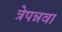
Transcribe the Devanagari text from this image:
त्रेपन्नवा